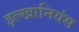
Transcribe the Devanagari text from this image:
इल्खानियंस